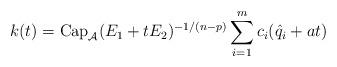
LaTeX: \begin{align*} k ( t ) = \mbox{Cap}_{\mathcal{A}} ( E_1 + t E_2 )^{- 1/(n -p)} \sum_{i = 1 }^m c_i ( \hat q_i + at ) \end{align*}